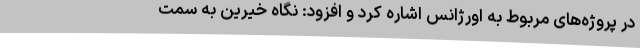
در پروژه‌های مربوط به اورژانس اشاره کرد و افزود: نگاه خیرین به سمت